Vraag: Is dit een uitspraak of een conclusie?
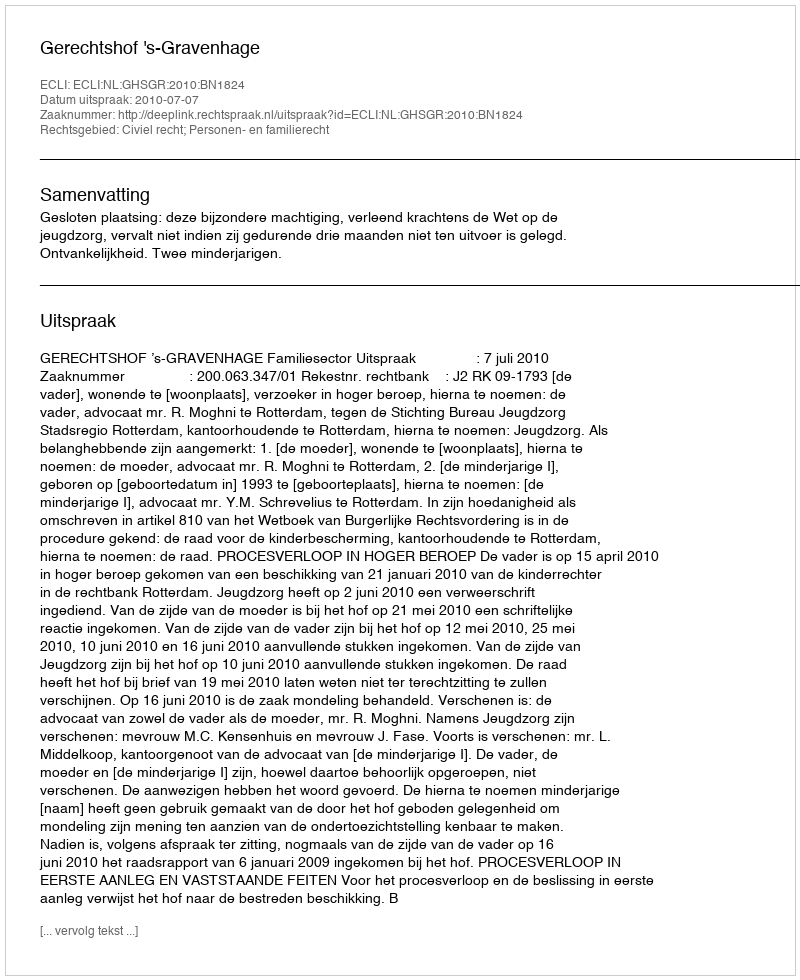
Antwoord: Uitspraak